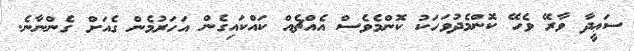
ސަޢީދާ ވާރޭ ވެހޭ ކޮންމެދުވަހަކު ކޮންމެވެސް އެއްޗެއް ކައްކައިގެން އަހަރުމެން ގެއަށް ގެންނާނެ.